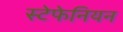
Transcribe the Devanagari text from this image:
स्टेफेनियन